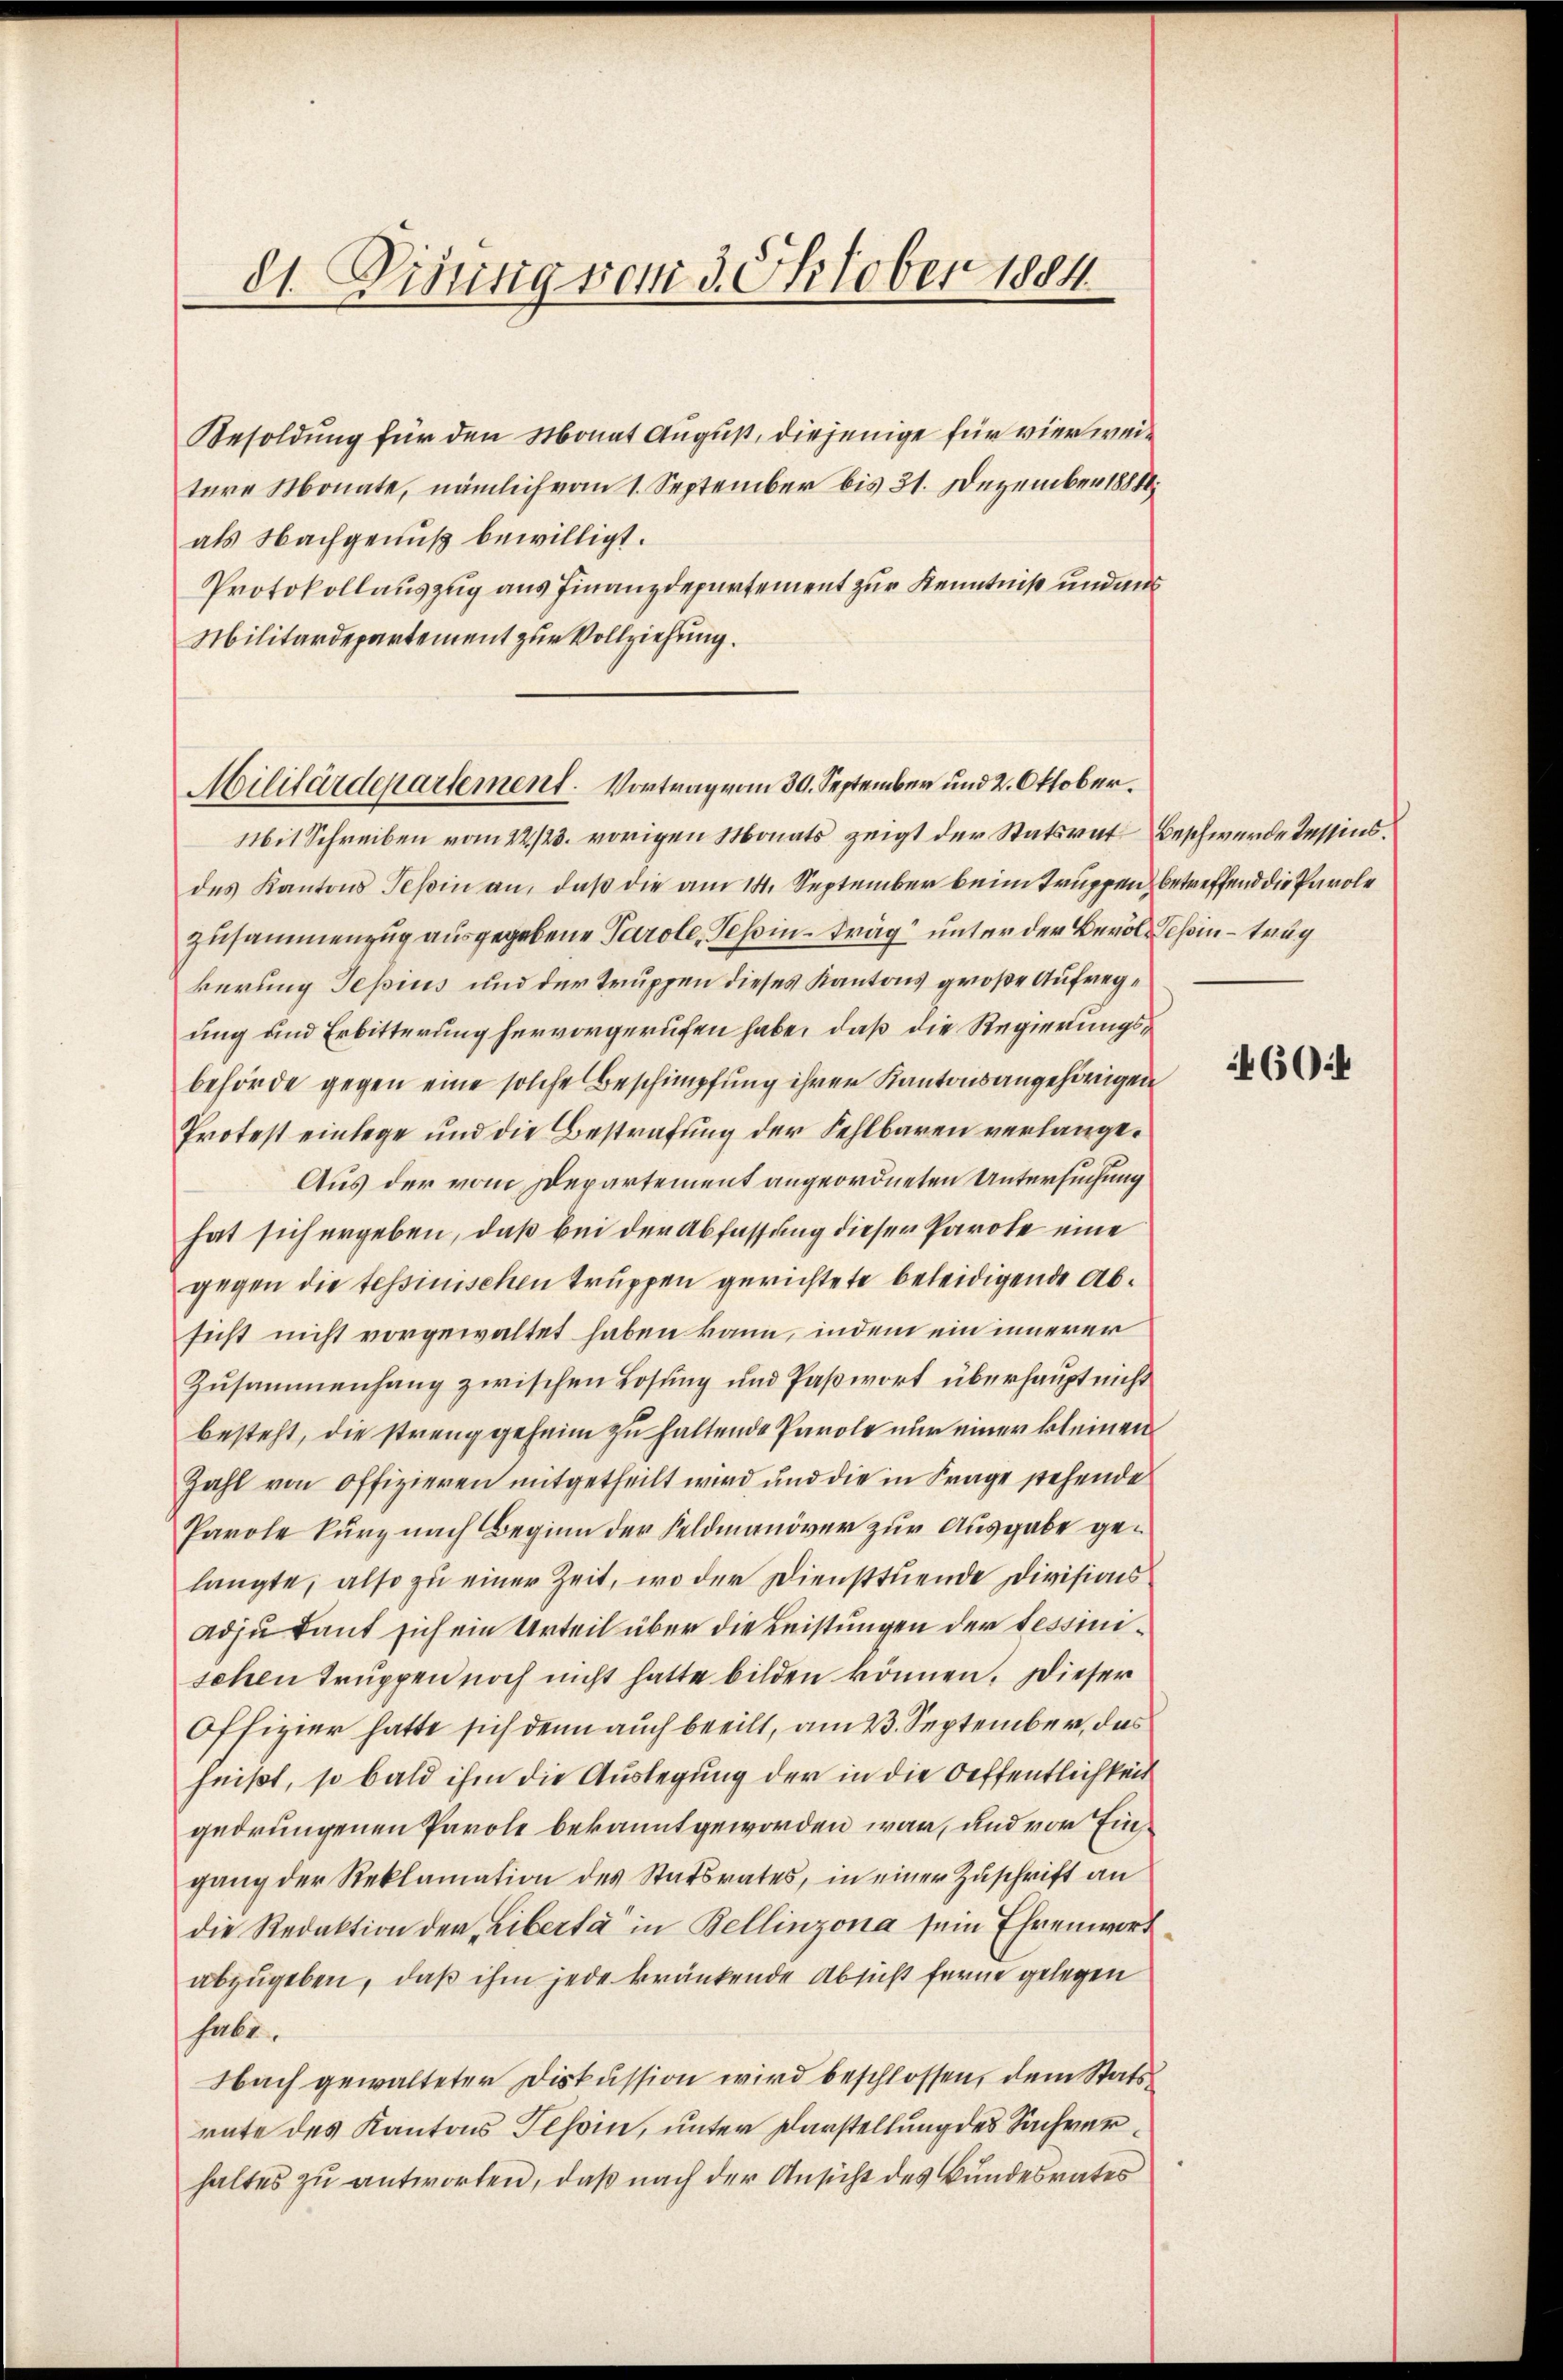
81. Disung vom 3. Oktober 1884

Besoldung für den Monat August, diejenige für vierweitere Monate, nämlich vom 1. September bis 31. Dezember 1881
als Nachgenuß bewilligt.
Protokollauszug aus Finanzdepartement zur Kenntniß und aus
Militärdepartement zur Vollziehung.

Militärdepartement. Vortrag vom 30. September und 2. Oktober.

Mit Schreiben vom 22/23. vorigen Monats zeigt der Statsrat Beschwerde tessens.
des Kantons Teßin an, daß die am 14. September beim Truppen betreffend die Parole
Zusammenzug ausgegebene Parole, Tessin trag unter der Bevole Teßin – trag
kerung Tessius und der Truppen dieses Kantons große Aufregung und Erbitterung hervorgerufen habe, daß die Regierungsbehörde gegen eine solche Beschimpfung ihrer Kantonsangehörigen
Protest einlege und die Bestrafung der Fehlbaren verlange¬
Aus der vom Departement angeordneten Untersuchung
hat sich ergeben, daß bei der Abfassung dieser Parote eine
gegen die tessinischen Truppen gerichtete beleidigende Absicht nicht vorgewaltet haben kann, indem ein innerer
Zŭsammenhang zwischen Losung und Paßwort überhaupt nicht
besteht, die streng geheim zu haltende Parole nur einer kleinen
Zahl von Offizieren mitgetheilt wird und die in Frage stehende
Parole kurz nach Beginn der Feldmanöver zur Ausgabe gelangte, also zu einer Zeit, wo der Diensttuende Divisions¬
Adjutant sich ein Urteil über die Leistungen der Tessinischen Truppen noch nicht hatte bilden können. Dieser
Offizier hatte sich denn auch beeilt, am 23. September, das
heißt, so bald ihm die Auslegung der in die Oeffentlichkeit
gedrungenen Parole bekannt geworden war, und vor Eingang der Reklamation des Statsrates, in einer Zuschrift an
die Redaktion der Liberta in Bellinzona sein Ehrenwort
abzugeben, daß ihm jede kränkende Absicht ferne gelegen
habt.
Nach gewalteter Diskussion wird beschlossen, dem Stats
rate des Kantons Tessin, unter Darstellung des Sachverhaltes zu antworten, daß nach der Ansicht des Bundesrates

4604